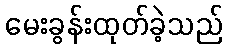
မေးခွန်းထုတ်ခဲ့သည်